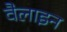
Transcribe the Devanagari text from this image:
वैलाइन